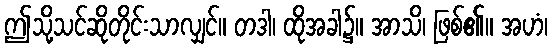
ဤသို့သင်ဆိုတိုင်းသာလျှင်။ တဒါ၊ ထိုအခါ၌။ အာသိ၊ ဖြစ်၏။ အဟံ၊